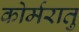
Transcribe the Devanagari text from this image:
कोर्मरातु